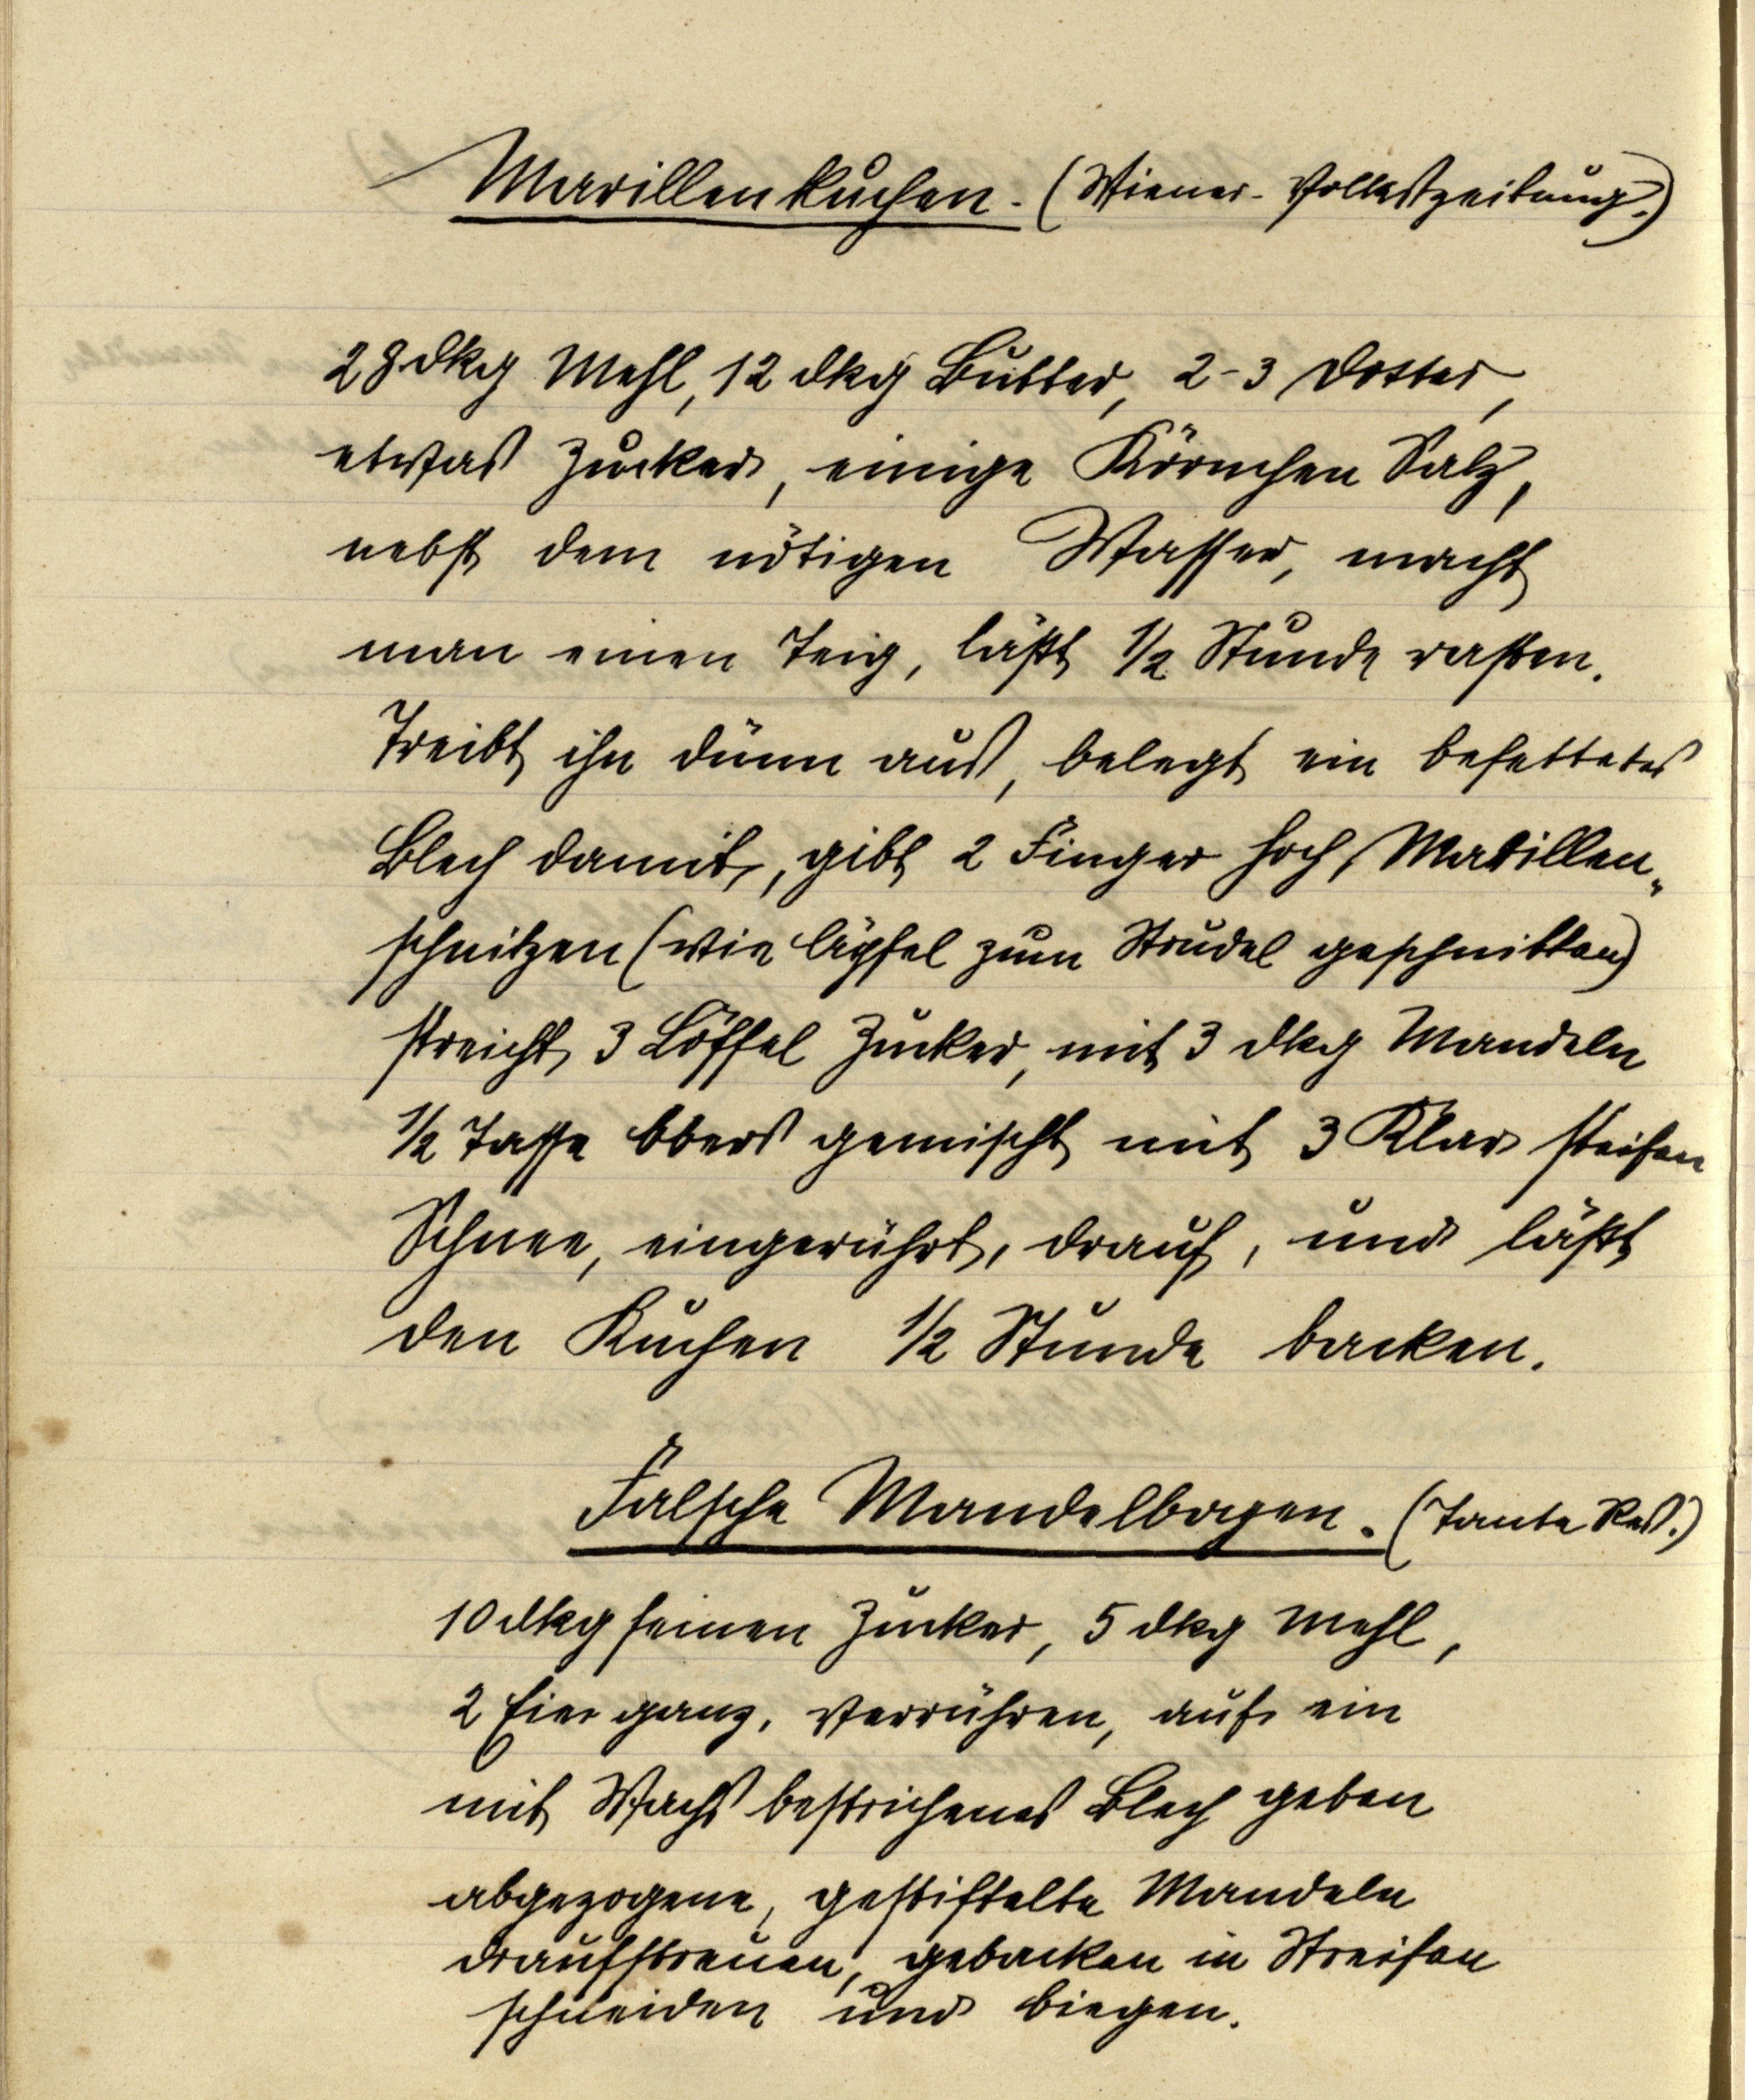
Marillenkuchen. (Wiener Volkszeitung.)

28 dkg Mehl, 12 dkg Butter, 2-3 Dotter,
etwas Zucker, einige Körnchen Salz,
nebst dem nötigen Wasser, macht
man einen Teig, läßt ½ Stunde rasten.
Treibt ihn dünn aus, belegt ein befettetes
Blech damit, gibt 2 Finger hoch Marillen¬
schnitzen (wie Äpfel zum Strudel geschnitten)
streicht 3 Löffel Zucker, mit 3 dkg Mandeln
½ Tasse Obers gemischt mit 3 Klar steifen
Schnee, eingerührt, drauf, und läßt
den Kuchen ½ Stunde backen.

Falsche Mandelbogen. (Tante Res.)
10 dkg feinen Zucker, 5 dkg Mehl,
2 Eier ganz, verrühren, auf ein
mit Wachs bestrichenes Blech geben
abgezogene, gestiftelte Mandeln
draufstreuen, gebacken in Streifen
schneiden und biegen.